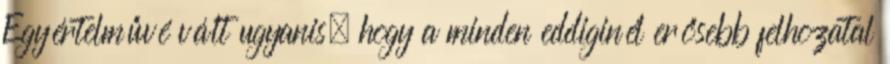
Egyértelművé vált ugyanis, hogy a minden eddiginél erősebb felhozatal